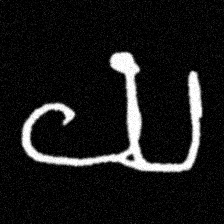
Pyu character \u2014 Myanmar letter: ယ (romanized: ya)